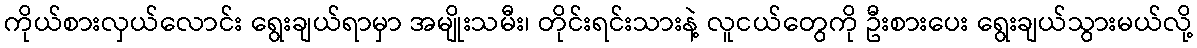
ကိုယ်စားလှယ်လောင်း ရွေးချယ်ရာမှာ အမျိုးသမီး၊ တိုင်းရင်းသားနဲ့ လူငယ်တွေကို ဦးစားပေး ရွေးချယ်သွားမယ်လို့